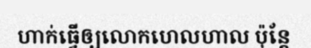
ហាក់ធ្វើឲ្យលោកហេលហាល ប៉ុន្តែ